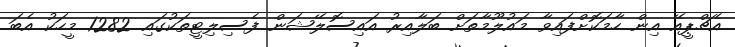
އެޗްޕީއޭ އިން ހާމަކޮށްފައިވާ މައުލޫމާތަށް ބަލާއިރު އައިސޮލޭޝަން ފެސިލިޓީތަކުގައި 1282 މީހަކު އެބަ